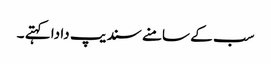
سب کے سامنے سندیپ دا دا کہتے ۔